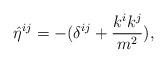
LaTeX: \begin{align*}{\hat\eta}^{ij} = - (\delta^{ij} + {k^i k^j\over m^2}),\end{align*}